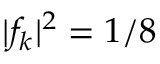
| f _ { k } | ^ { 2 } = 1 / 8